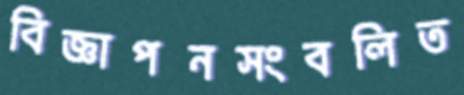
বিজ্ঞাপনসংবলিত